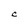
Character: C